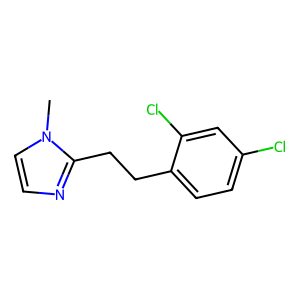
SMILES: Cn1ccnc1CCc1ccc(Cl)cc1Cl
Inhibits HIV replication: No